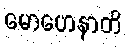
မောဟေနာတိ